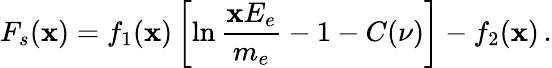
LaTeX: F_{s}(\mathbf{x})=f_{1}(\mathbf{x})\left[\ln{\frac{{\mathbf{x}E_{e}}}{{m_{e}}}}-1-C(\nu)\right]-f_{2}(\mathbf{x})\, .